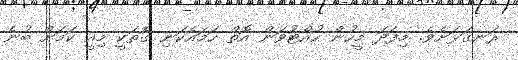
ރަނގަޅަށެވެ. މިފަދަ މީހުން ހުއްޓުވަން އޮތް ހަމައެކަނި ގޮތަކީ މިއީ ކަމަށް ބުނެ